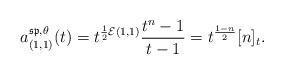
LaTeX: \begin{align*}a_{(1,1)}^{\mathfrak{sp}, \theta } (t) = t^{\frac{1}{2}\mathcal{E}(1,1)} \frac{t^n-1}{t-1} = t^{\frac{1-n}{2}} [n]_t.\end{align*}